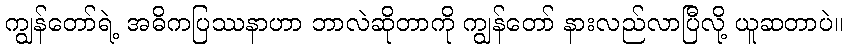
ကျွန်တော်ရဲ့ အဓိကပြဿနာဟာ ဘာလဲဆိုတာကို ကျွန်တော် နားလည်လာပြီလို့ ယူဆတာပဲ။